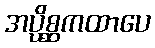
အပ္ပိစ္ဆကထာပေ